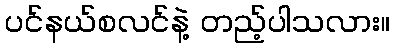
ပင်နယ်စလင်နဲ့ တည့်ပါသလား။